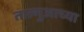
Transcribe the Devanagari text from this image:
ताल्गुआच्या